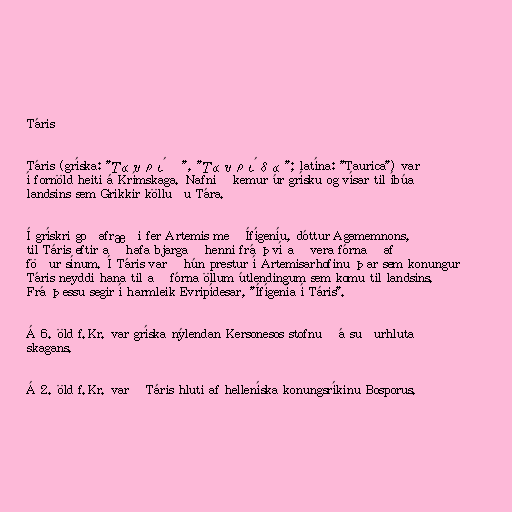
Táris

Táris (gríska: "Ταυρίς", "Ταυρίδα"; latína: "Taurica") var
í fornöld heiti á Krímskaga. Nafnið kemur úr grísku og vísar til íbúa
landsins sem Grikkir kölluðu Tára.

Í grískri goðafræði fer Artemis með Ífígeníu, dóttur Agamemnons,
til Táris eftir að hafa bjargað henni frá því að vera fórnað af
föður sínum. Í Táris varð hún prestur í Artemisarhofinu þar sem konungur
Táris neyddi hana til að fórna öllum útlendingum sem komu til landsins.
Frá þessu segir í harmleik Evripídesar, "Ífígenía í Táris".

Á 6. öld f.Kr. var gríska nýlendan Kersonesos stofnuð á suðurhluta
skagans.

Á 2. öld f.Kr. varð Táris hluti af helleníska konungsríkinu Bosporus.